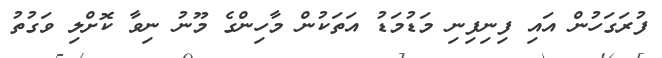
ފުރަގަހުން އައި ފިނިފިނި މަޑުމަޑު އަތަކުން މާހިންގެ މޫނު ނިވާ ކޮށްލި ވަގުތު